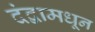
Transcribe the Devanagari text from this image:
दंद्वामधून